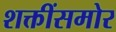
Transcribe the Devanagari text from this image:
शक्तींसमोर